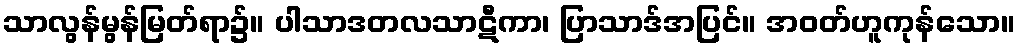
သာလွန်မွန်မြတ်ရာ၌။ ပါသာဒတလသာဋီကာ၊ ပြာသာဒ်အပြင်။ အဝတ်ဟူကုန်သော။